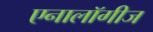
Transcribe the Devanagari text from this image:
एनालॉगीज